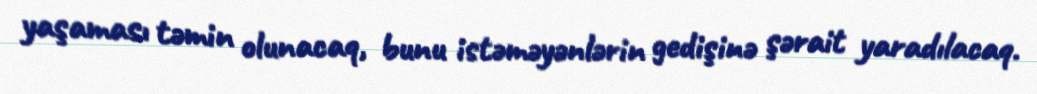
yaşaması təmin olunacaq, bunu istəməyənlərin gedişinə şərait yaradılacaq.